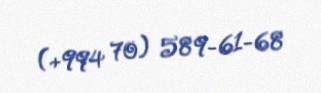
(+994 70) 589-61-68